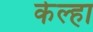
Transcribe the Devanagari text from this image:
केल्हा